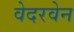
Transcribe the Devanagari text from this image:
वेदरवेन